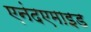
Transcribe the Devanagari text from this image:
एनंदएमाइड